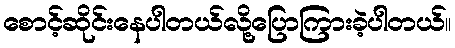
စောင့်ဆိုင်းနေပါတယ်လို့ပြောကြားခဲ့ပါတယ်။